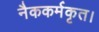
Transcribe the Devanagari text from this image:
नैककर्मकृत।